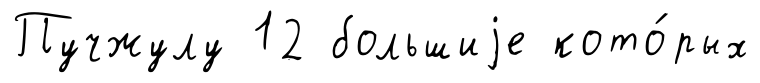
Пучжулу 12 большиjе кото́рых